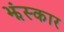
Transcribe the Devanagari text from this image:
झंस्कार